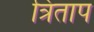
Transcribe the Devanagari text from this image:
त्रिताप